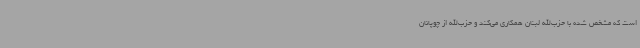
است که مشخص شده با حزب‌الله لبنان همکاری می‌کند و حزب‌الله از چوپانان